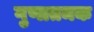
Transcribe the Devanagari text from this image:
गुणातमक